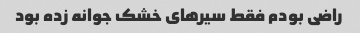
راضی بودم فقط سیرهای خشک جوانه زده بود